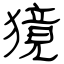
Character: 獍